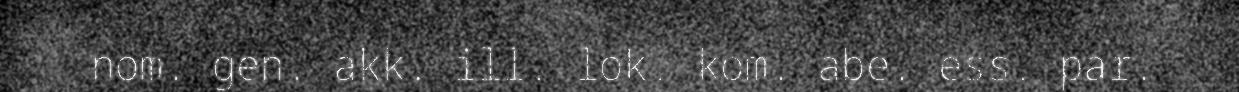
nom. gen. akk. ill. lok. kom. abe. ess. par.